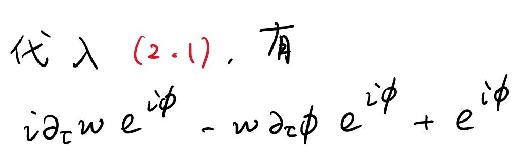
代入 $(2.1)$, 有
$i\partial_{\tau}w e^{i\phi}-w\partial_{\tau}\phi e^{i\phi}+e^{i\phi}$